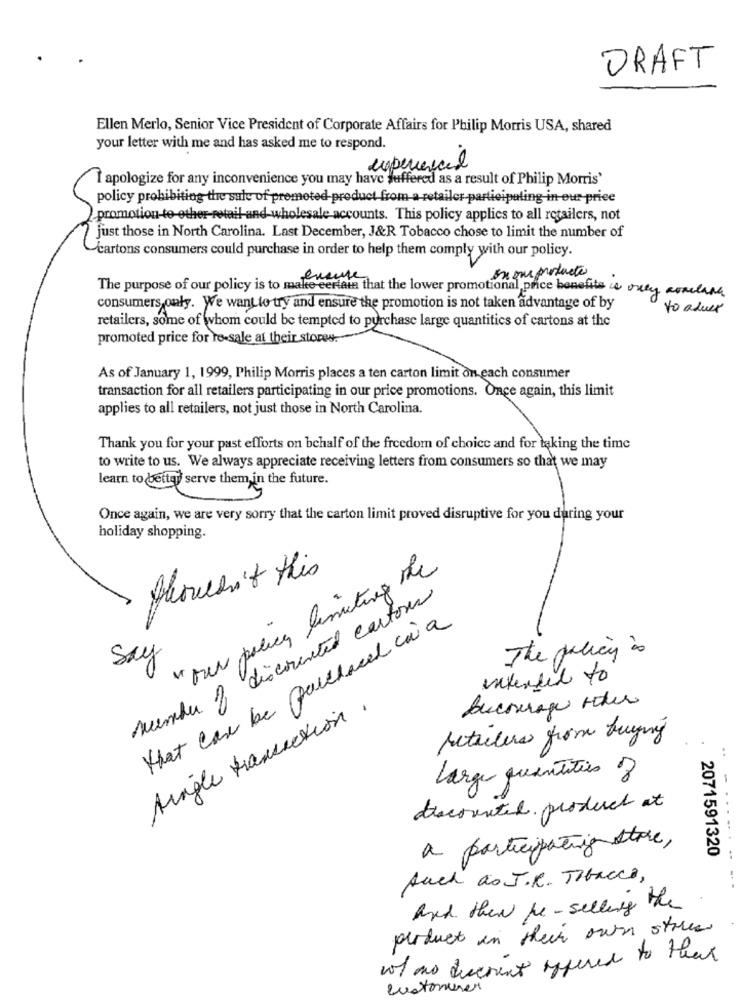
DRAFT
Ellen Merlo, Senior Vice President of Corporate Affairs for Philip Morris USA, shared
your letter with me and has asked me to respond.
experienced
I apologize for any inconvenience you may have suffered as a result of Philip Morris'
policy prohibiting the sale of prometed-product from a retailer-participating in our price
promotion-to-other-retail and wholesale accounts. This policy applies to all retailers, not
just those in North Carolina. Last December, J&R Tobacco chose to limit the number of
cartons consumers could purchase in order to help them comply with our policy.
In our products
The purpose of our policy is to make certain that the lower promotional price benefits . oney comeand
consumers only. We want to try and ensure the promotion is not taken advantage of by
to alvex
retailers, some of whom could be tempted to purchase large quantities of cartons at the
promoted price for ro-sale at their stores.
As of January 1, 1999, Philip Morris places a ten carton limit on each consumer
transaction for all retailers participating in our price promotions. Once again, this limit
applies to all retailers, not just those in North Carolina.
Thank you for your past efforts on behalf of the freedom of choice and for taking the time
to write to us. We always appreciate receiving letters from consumers so that we may
learn to better serve them in the future.
Once again, we are very sorry that the carton limit proved disruptive for you during your
holiday shopping.
" our policy limiting the
Shouldn't this
member of discorented cartons
that can be paletacel caia
The policy às
say
intended to
single transaction.
Bucourage ridder
retailers from buying
Large quantities 8
discounted product at
a participating store,
2071591320
Auch as J.R. Tibacca,
and then he - selling the
product in their own street
not ano disering offered to that
customerer